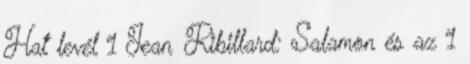
Hat levél 1 Jean Ribillard: Salamon és az 1